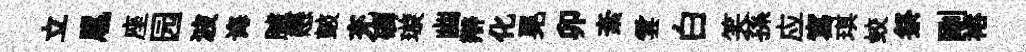
立扈座园波诲臚戀皷充磷璇幽辯化晃卯紊雲白笑孫应寫琪蛟祭剛裕